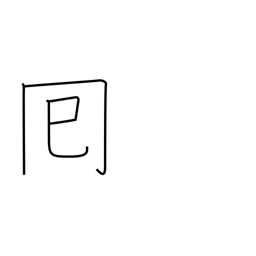
Meaning: round